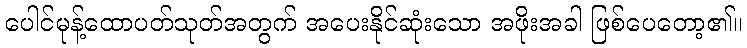
ပေါင်မုန့်ထောပတ်သုတ်အတွက် အပေးနိုင်ဆုံးသော အဖိုးအခါ ဖြစ်ပေတော့၏။